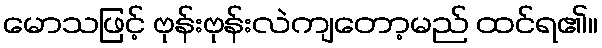
မောသဖြင့် ဗုန်းဗုန်းလဲကျတော့မည် ထင်ရ၏။